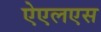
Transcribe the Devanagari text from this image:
ऐएलएस